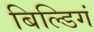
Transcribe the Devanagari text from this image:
बिल्डिगं